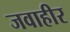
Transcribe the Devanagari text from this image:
जवाहीर